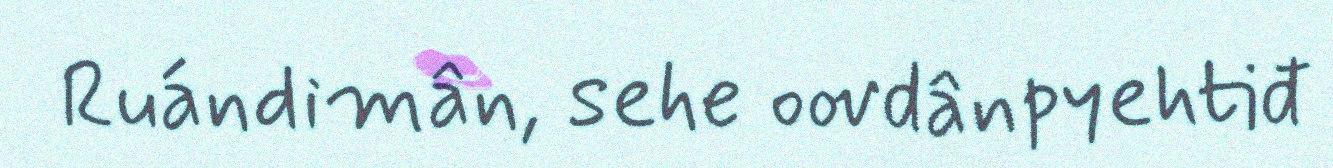
Ruándimân, sehe oovdânpyehtiđ